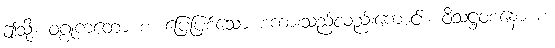
ဤသို့။ ဝဂ္ဂုကတော စ၊ ပြေပြစ်သော စကားသည်လည်းကောင်း။ ဝိသဋ္ဌဝစနော စ၊